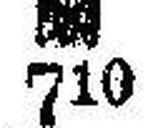
### 710